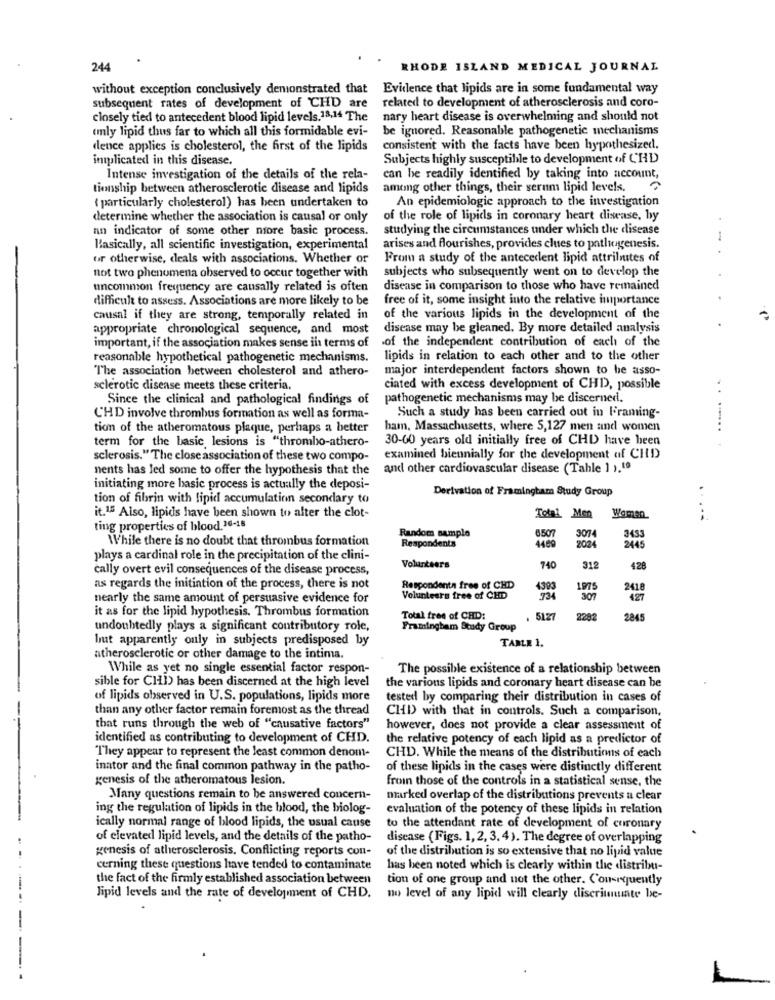
244
RHODE ISLAND MEDICAL JOURNAL
without exception conclusively demonstrated that Evidence that lipids are in some fundamental way
related to development of atherosclerosis and coro-
subsequent rates of development of CHD are
closely tied to antecedent blood lipid levels.18,14 The
nary heart disease is overwhelming and should not
enly lipid thus far to which all this formidable evi-
be ignored. Reasonable pathogenetic mechanisms
dence applies is cholesterol, the first of the lipids
consistent with the facts have been hypothesized.
implicated in this disease.
Subjects highly susceptible to development of CHD
Intense investigation of the details of the rela-
can be readily identified by taking into account,
tionship between atherosclerotic disease and lipids
among other things, their serum lipid levels.
( particularly cholesterol) has been undertaken to
An epidemiologic approach to the investigation
determine whether the association is causal or only
of the role of lipids in coronary heart disease, by
an indicator of some other more basic process.
studying the circumstances under which the disease
Basically, all scientific investigation, experimental
arises and flourishes, provides clues to patluigenesis.
or otherwise, deals with associations. Whether or
From a study of the antecedent lipid attributes of
subjects who subsequently went on to develop the
not two phenomena observed to occur together with
uncommon frequency are causally related is often
disease in comparison to those who have remained
difficult to assess. Associations are more likely to be
free of it, some insight into the relative importance
causal if they are strong, temporally related in
of the various lipids in the development of the
appropriate chronological sequence, and most
disease may be gleaned. By more detailed analysis
.of the independent contribution of each of the
important, if the association makes sense il terms of
reasonable hypothetical pathogenetic mechanisms.
lipids in relation to each other and to the other
The association between cholesterol and athero-
major interdependent factors shown to be asso-
sclerotic disease meets these criteria.
ciated with excess development of CHD, possible
Since the clinical and pathological findings of
pathogenetic mechanisms may be discerned.
Such a study has been carried out in Framing-
CHD involve thrombus formation as well as forma-
tion of the atheromatous plaque, perhaps a better
ham, Massachusetts, where 5,127 men and women
term for the basic lesions is "thrombo-athero-
30-60 years old initially free of CHD have been
sclerosis." The close association of these two compo-
examined biennially for the development of CID
nents has led some to offer the hypothesis that the
and other cardiovascular disease (Table ] ).19
initiating more basic process is actually the deposi-
Derivation of Framingham Study Group
tion of fibrin with lipid accumulation secondary to
it.15 Also, lipids have been shown to alter the clot-
Total Men
Women
ting properties of blood.16-18
6507
While there is no doubt that thrombus formation
Random sample
4469
3074
3433
Respondents
2445
plays a cardinal role in the precipitation of the clini-
Volunteers
cally overt evil consequences of the disease process,
740
312
428
as regards the initiation of the process, there is not
Respondenta free of CHD
4393
1975
2418
nearly the same amount of persuasive evidence for
Volunteers free of CHD
734
307
427
it as for the lipid hypothesis. Thrombus formation
Total free of CHD:
5127
2292
2845
undoubtedly plays a significant contributory role,
Framingham Study Group
but apparently only in subjects predisposed by
TABLE 1.
atherosclerotic or other damage to the intima.
While as yet no single essential factor respon-
The possible existence of a relationship between
sible for CHI) has been discerned at the high level
the various lipids and coronary heart disease can be
of lipids observed in U.S. populations, lipids more
tested by comparing their distribution in cases of
than any other factor remain foremost as the thread
CHD) with that in controls. Such a comparison,
that runs through the web of "causative factors"
however, does not provide a clear assessment of
identified as contributing to development of CHD.
the relative potency of each lipid as a predictor of
They appear to represent the least common denom-
CHD. While the means of the distributions of each
inator and the final common pathway in the patho-
of these lipids in the cases were distinctly different
genesis of the atheromatous lesion.
froin those of the controls in a statistical sense, the
Many questions remain to be answered concern-
marked overlap of the distributions prevents a clear
ing the regulation of lipids in the blood, the biolog-
evaluation of the potency of these lipids in relation
ically normal range of blood lipids, the usual cause
to the attendant rate of development of coronary
of elevated lipid levels, and the details of the patho-
disease (Figs. 1, 2, 3,4). The degree of overlapping
genesis of atherosclerosis. Conflicting reports con-
of the distribution is so extensive that no lipid value
cerning these questions have tended to contaminate
has been noted which is clearly within the distribu-
the fact of the firmly established association between
tion of one group and not the other. Consequently
lipid levels and the rate of development of CHD. no level of any lipid will clearly discriminate be-